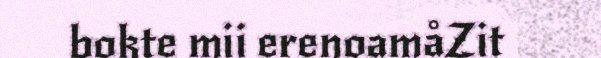
bokte mii erenoamåZit